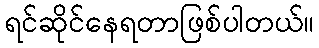
ရင်ဆိုင်နေရတာဖြစ်ပါတယ်။